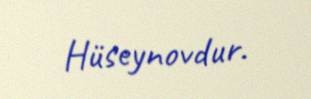
Hüseynovdur.